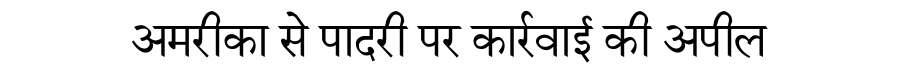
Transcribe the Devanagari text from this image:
अमरीका से पादरी पर कार्रवाई की अपील